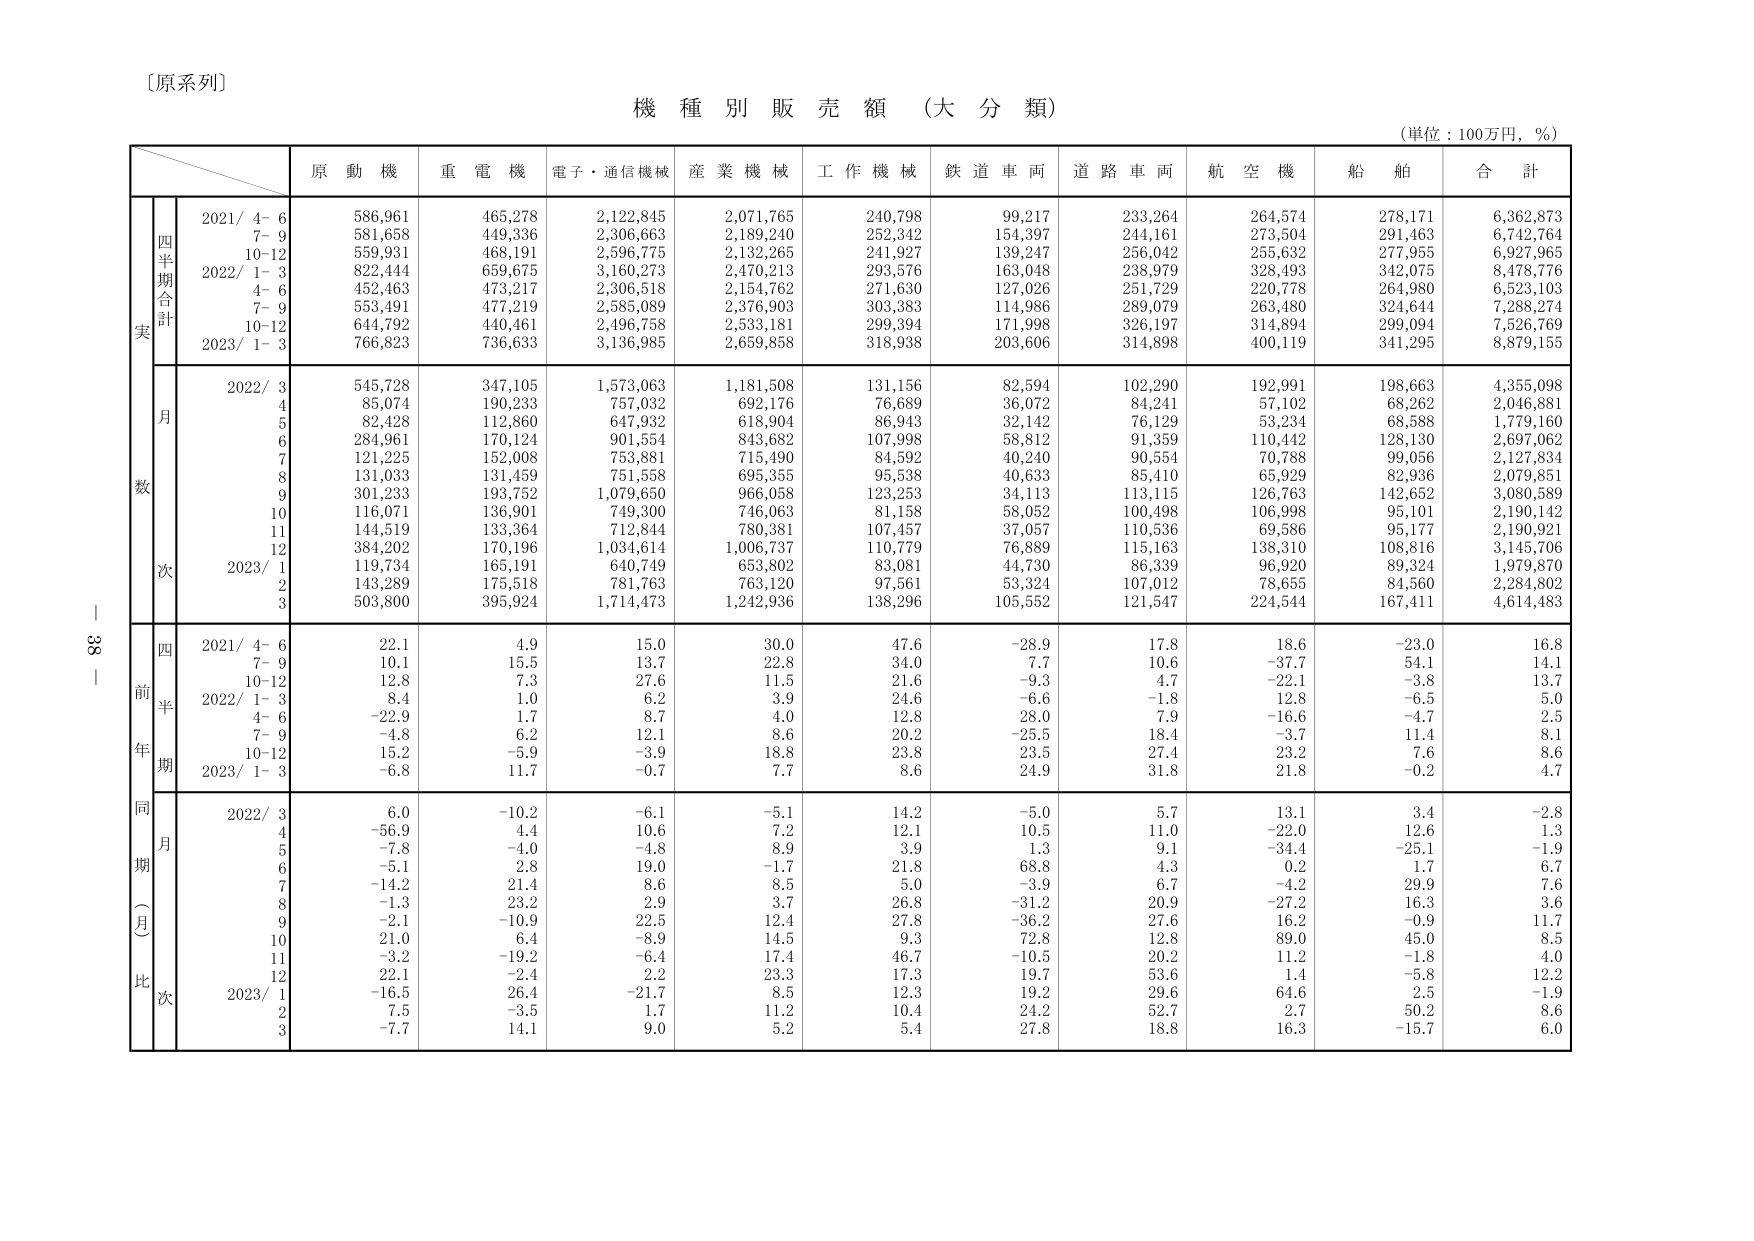
〔原系列〕
機 種 別 販 売 額 （大 分 類）
（単位：100万円，％）

原 動 機　重 電 機　電子・通信機械　産 業 機 械　工 作 機 械　鉄 道 車 両　道 路 車 両　航 空 機　船 舶　合 計

四半期合計
実
2021/ 4- 6　586,961　465,278　2,122,845　2,071,765　240,798　99,217　233,264　264,574　278,171　6,362,873
　　　7- 9　581,658　449,336　2,306,663　2,189,240　252,342　154,397　244,161　273,504　291,463　6,742,764
　　　10-12　559,931　468,191　2,596,775　2,132,265　241,927　139,247　256,042　255,632　277,955　6,927,965
2022/ 1- 3　822,444　659,675　3,160,273　2,470,213　293,576　163,048　238,979　328,493　342,075　8,478,776
　　　4- 6　452,463　473,217　2,306,518　2,154,762　271,630　127,026　251,729　220,778　264,980　6,523,103
　　　7- 9　553,491　477,219　2,585,089　2,376,903　303,383　114,986　289,079　263,480　324,644　7,288,274
　　　10-12　644,792　440,461　2,496,758　2,533,181　299,394　171,998　326,197　314,894　299,094　7,526,769
2023/ 1- 3　766,823　736,633　3,136,985　2,659,858　318,938　203,606　314,898　400,119　341,295　8,879,155

月
数
2022/ 3　545,728　347,105　1,573,063　1,181,508　131,156　82,594　102,290　192,991　198,663　4,355,098
　　　4　85,074　190,233　757,032　692,176　76,689　36,072　84,241　57,102　68,262　2,046,881
　　　5　82,428　112,860　647,932　618,904　86,943　32,142　76,129　53,234　68,588　1,779,160
　　　6　284,961　170,124　901,554　843,682　107,998　58,812　91,359　110,442　128,130　2,697,062
　　　7　121,225　152,008　753,881　715,490　84,592　40,240　90,554　70,788　99,056　2,127,834
　　　8　131,033　131,459　751,558　695,355　95,538　40,633　85,410　65,929　82,936　2,079,851
　　　9　301,233　193,752　1,079,650　966,058　123,253　34,113　113,115　126,763　142,652　3,080,589
　　　10　116,071　136,901　749,300　746,063　81,158　58,052　100,498　106,998　95,101　2,190,142
　　　11　144,519　133,364　712,844　780,381　107,457　37,057　110,536　69,586　95,177　2,190,921
　　　12　384,202　170,196　1,034,614　1,006,737　110,779　76,889　115,163　138,310　108,816　3,145,706
2023/ 1　119,734　165,191　640,749　653,802　83,081　44,730　86,339　96,920　89,324　1,979,870
　　　2　143,289　175,518　781,763　763,120　97,561　53,324　107,012　78,655　84,560　2,284,802
　　　3　503,800　395,924　1,714,473　1,242,936　138,296　105,552　121,547　224,544　167,411　4,614,483

前年同期比
四半期
2021/ 4- 6　22.1　4.9　15.0　30.0　47.6　-28.9　17.8　18.6　-23.0　16.8
　　　7- 9　10.1　15.5　13.7　22.8　34.0　7.7　10.6　-37.7　54.1　14.1
　　　10-12　12.8　7.3　27.6　11.5　21.6　-9.3　4.7　-22.1　-3.8　13.7
2022/ 1- 3　8.4　1.0　6.2　3.9　24.6　-6.6　-1.8　12.8　-6.5　5.0
　　　4- 6　-22.9　1.7　8.7　4.0　12.8　28.0　7.9　-16.6　-4.7　2.5
　　　7- 9　-4.8　6.2　12.1　8.6　20.2　-25.5　18.4　-3.7　11.4　8.1
　　　10-12　15.2　-5.9　-3.9　18.8　23.8　23.5　27.4　23.2　7.6　8.6
2023/ 1- 3　-6.8　11.7　-0.7　7.7　8.6　24.9　31.8　21.8　-0.2　4.7

同期（月）比
2022/ 3　6.0　-10.2　-6.1　-5.1　14.2　-5.0　5.7　13.1　3.4　-2.8
　　　4　-56.9　4.4　10.6　7.2　12.1　10.5　11.0　-22.0　12.6　1.3
　　　5　-7.8　-4.0　-4.8　8.9　3.9　1.3　9.1　-34.4　-25.1　-1.9
　　　6　-5.1　2.8　19.0　-1.7　21.8　68.8　4.3　0.2　1.7　6.7
　　　7　-14.2　21.4　8.6　8.5　5.0　-3.9　6.7　-4.2　29.9　7.6
　　　8　-1.3　23.2　2.9　3.7　26.8　-31.2　20.9　-27.2　16.3　3.6
　　　9　-2.1　-10.9　22.5　12.4　27.8　-36.2　27.6　16.2　-0.9　11.7
　　　10　21.0　6.4　-8.9　14.5　9.3　72.8　12.8　89.0　45.0　8.5
　　　11　-3.2　-19.2　-6.4　17.4　46.7　-10.5　20.2　11.2　-1.8　4.0
　　　12　22.1　-2.4　2.2　23.3　17.3　19.7　53.6　1.4　-5.8　12.2
2023/ 1　-16.5　26.4　-21.7　8.5　12.3　19.2　29.6　64.6　2.5　-1.9
　　　2　7.5　-3.5　1.7　11.2　10.4　24.2　52.7　2.7　50.2　8.6
　　　3　-7.7　14.1　9.0　5.2　5.4　27.8　18.8　16.3　-15.7　6.0

38